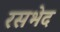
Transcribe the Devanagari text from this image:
रसभेद